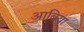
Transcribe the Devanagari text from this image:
आबिया